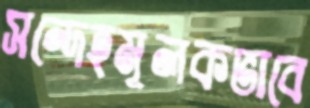
সন্দেহমূলকভাবে